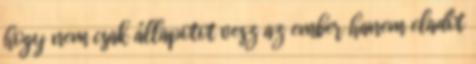
hogy nem csak állapotot vesz az ember hanem eladót